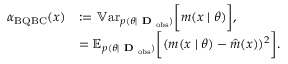
\begin{array} { r l } { \alpha _ { \mathrm { B Q B C } } ( x ) } & { : = \mathbb { V } \mathrm { a r } _ { p ( \theta \mid \textbf { D } _ { \mathrm { o b s } } ) } \bigg [ m ( x \mid \theta ) \bigg ] , } \\ & { = \mathbb { E } _ { p ( \theta \mid \textbf { D } _ { \mathrm { o b s } } ) } \bigg [ ( m ( x \mid \theta ) - \hat { m } ( x ) ) ^ { 2 } \bigg ] . } \end{array}